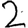
Digit: 2